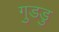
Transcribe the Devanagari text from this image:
गुडडु